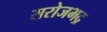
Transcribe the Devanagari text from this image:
सरोजभद्र